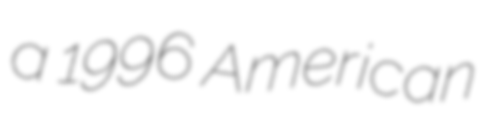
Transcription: a 1996 American